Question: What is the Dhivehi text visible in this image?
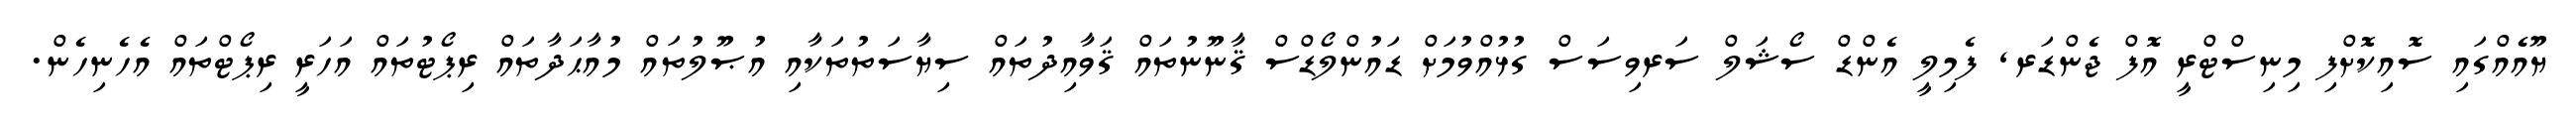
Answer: ޔޫއެއްގައި ސޮއިކޮށްފި މިނިސްޓްރީ އޮފް ޖެންޑަރ, ފެމިލީ އެންޑް ސޯޝަލް ސަރވިސަސް ގުޅުއްވުމަށް ޑައުންލޯޑްސް ޤާނޫނުތައް ޤަވާއިދުތައް ސިޔާސަތުތަކާއި އުޞޫލުތައް މުއާޙަދާތައް ރިޕޯޓުތައް އަހަރީ ރިޕޯޓްތައް އެހެނިހެން.